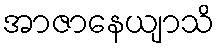
အာဇာနေယျာသိ